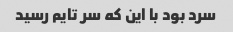
سرد بود با این که سر تایم رسید